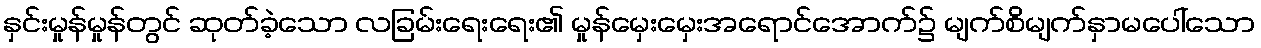
နှင်းမှုန်မှုန်တွင် ဆုတ်ခဲ့သော လခြမ်းရေးရေး၏ မှုန်မှေးမှေးအရောင်အောက်၌ မျက်စိမျက်နှာမပေါ်သော